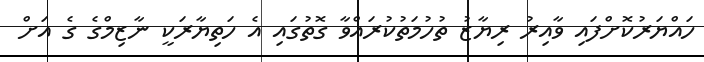
ހައްޔަރުކޮށްފައި ވާއިރު ރިޔާޒު ތުހުމަތުކުރައްވާ ގޮތުގައި އެ ހަތިޔާރަކީ ނާޒިމްގެ ގެ އަށް